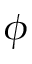
\phi